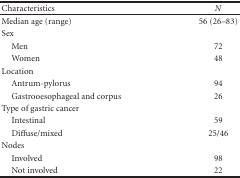
<table><thead><tr><td><b>Characteristics</b></td><td><b><i>N</i></b></td></tr></thead><tbody><tr><td>Median age (range)</td><td>56 (26–83)</td></tr><tr><td>Sex</td><td></td></tr><tr><td> Men</td><td>72</td></tr><tr><td> Women</td><td>48</td></tr><tr><td>Location</td><td></td></tr><tr><td> Antrum-pylorus</td><td>94</td></tr><tr><td>Gastrooesophageal and corpus</td><td>26</td></tr><tr><td>Type of gastric cancer</td><td></td></tr><tr><td> Intestinal</td><td>59</td></tr><tr><td> Diffuse/mixed</td><td>25/46</td></tr><tr><td>Nodes</td><td></td></tr><tr><td> Involved</td><td>98</td></tr><tr><td> Not involved</td><td>22</td></tr></tbody></table>